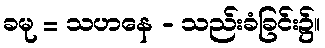
ခမု = သဟနေ - သည်းခံခြင်း၌။